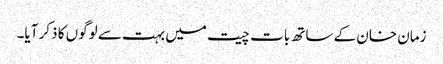
زمان خان کے ساتھ بات چیت میں بہت سے لوگوں کا ذکر آیا۔